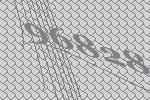
96828